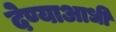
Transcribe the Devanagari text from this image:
देण्याआधी